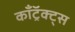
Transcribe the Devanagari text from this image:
काँट्रॅक्ट्स